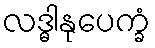
လဒ္ဓါနုပေက္ခံ